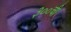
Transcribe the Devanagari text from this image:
३००ची